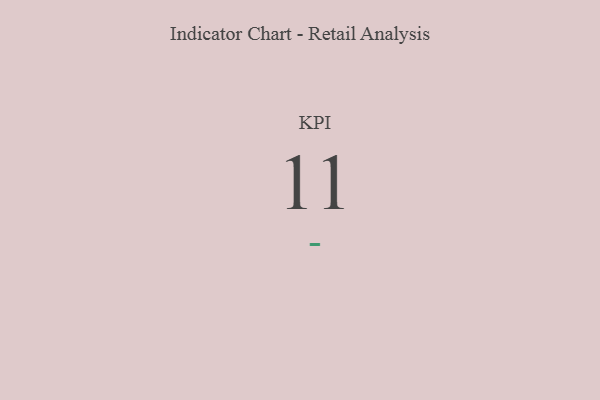
{"axis": {"x": "KPI", "y": "Value"}, "legend": [""], "data": [{"x": "KPI", "y": 11, "type": ""}]}